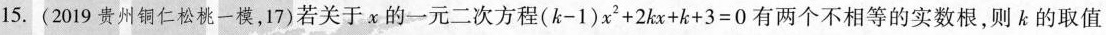
15.（2019贵州铜仁松桃一模，17）若关于x的一元二次方程（k-1）x^{2}+2kx+k+3=0有两个不相等的实数根，则k的取值